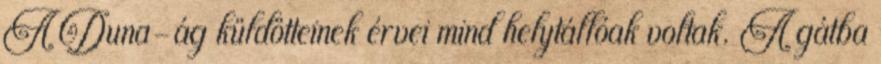
A Duna-ág küldötteinek érvei mind helytállóak voltak. A gátba